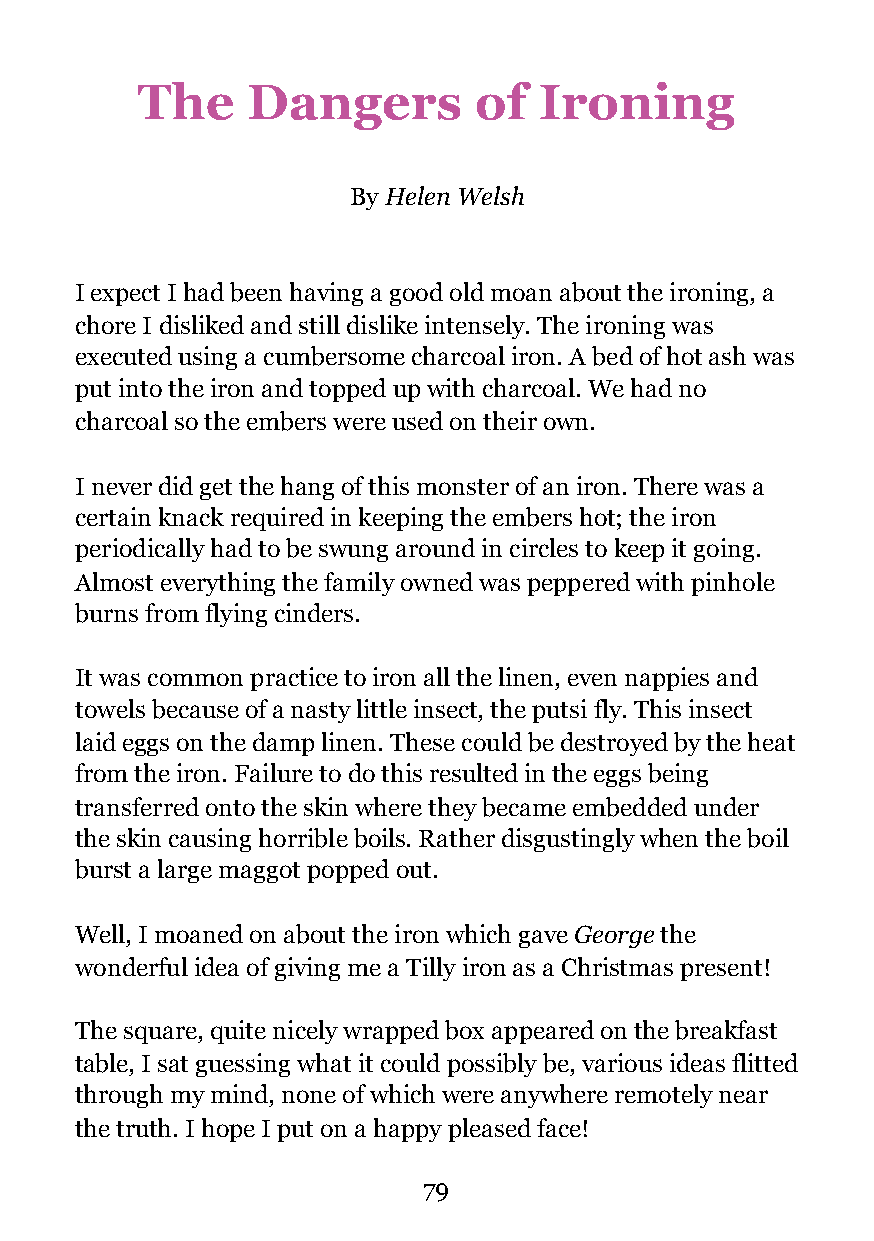
The    Dangers        of   Ironing
 By Helen Welsh
 I expect I had been having a good old moan about the ironing, a
 chore I disliked and still dislike intensely. The ironing was
 executed using a cumbersome charcoal iron. A bed of hot ash was
 put into the iron and topped up with charcoal. We had no
 charcoal so the embers were used on their own.
 I never did get the hang of this monster of an iron. There was a
 certain knack required in keeping the embers hot; the iron
 periodically had to be swung around in circles to keep it going.
 Almost everything the family owned was peppered with pinhole
 burns from flying cinders.
 It was common practice to iron all the linen, even nappies and
 towels because of a nasty little insect, the putsi fly. This insect
 laid eggs on the damp linen. These could be destroyed by the heat
 from the iron. Failure to do this resulted in the eggs being
 transferred onto the skin where they became embedded under
 the skin causing horrible boils. Rather disgustingly when the boil
 burst a large maggot popped out.
 Well, I moaned on about the iron which gave George the
 wonderful idea of giving me a Tilly iron as a Christmas present!
 The square, quite nicely wrapped box appeared on the breakfast
 table, I sat guessing what it could possibly be, various ideas flitted
 through my mind, none of which were anywhere remotely near
 the truth. I hope I put on a happy pleased face!
 !79